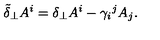
\tilde { \delta } _ { \perp } A ^ { i } = \delta _ { \perp } A ^ { i } - \gamma _ { i } { } ^ { j } A _ { j } .